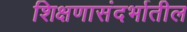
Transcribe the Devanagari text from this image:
शिक्षणासंदर्भातील